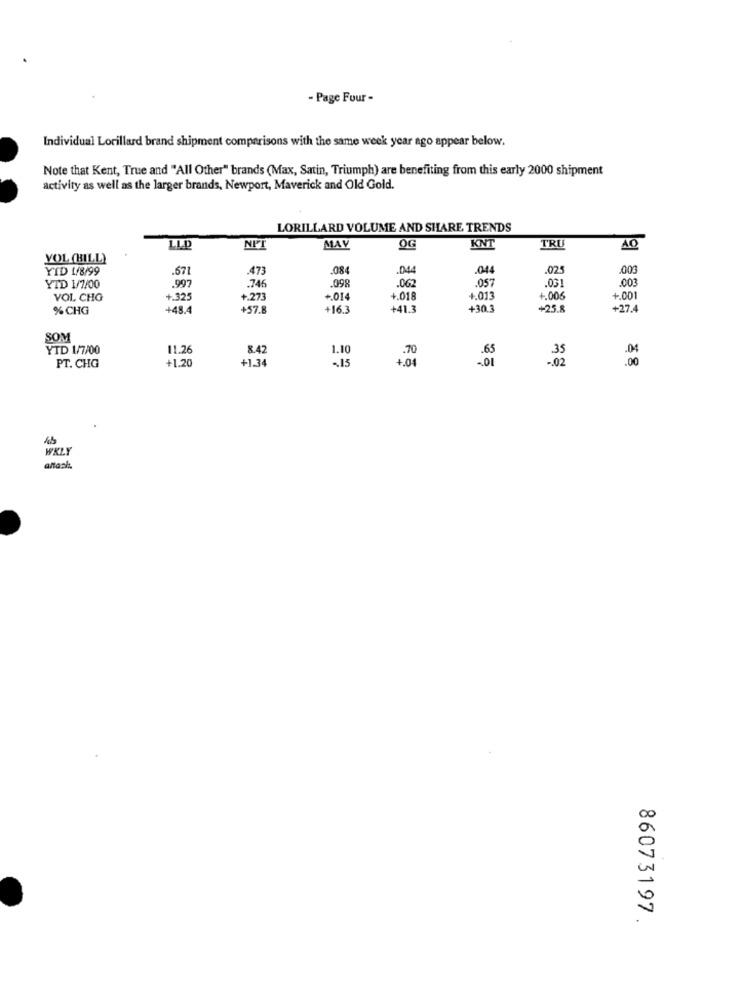
- Page Four -
Individual Lorillard brand shipment comparisons with the same week year ago appear below.
Note that Kent, True and "All Other" brands (Max, Satin, Triumph) are benefiting from this early 2000 shipment
activity as well as the larger brands, Newport, Maverick and Old Gold.
LORILLARD VOLUME AND SHARE TRENDS
LLD
NIT
MAY
OG
KNT
TRU
AO
YOL (BILL)
YID 1/8/99
.671
.473
.084
.044
.044
.025
.003
.062
.057
.003
YTD 1/7/00
.997
.746
.098
.031
VOL CHO
+.325
+.273
+.014
+.018
+.013
+.006
+.001
% CHG
+48.4
+57.8
+16.3
+41.3
+30.
+25.8
+27.4
SOM
YTD 1/7/00
11.26
8.42
1.10
.70
.04
+1.20
+1.34
-. 15
+.04
.00
PT. CHG
WKLY
86073197